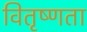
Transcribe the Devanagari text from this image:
वितृष्णता